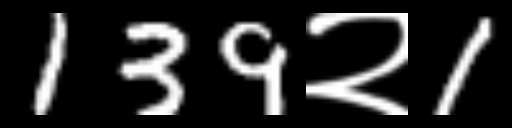
Text: 139२1